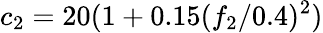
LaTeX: c_{2}=20(1+0.15({f_{2}}/{0.4})^{2})